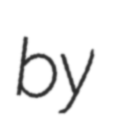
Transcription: by